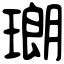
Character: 𤨡